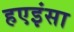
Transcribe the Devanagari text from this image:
हएइंसा